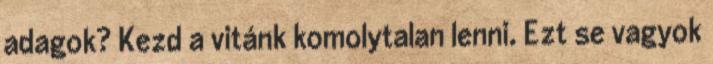
adagok? Kezd a vitánk komolytalan lenni. Ezt se vagyok